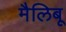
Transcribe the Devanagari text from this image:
मैलिबू